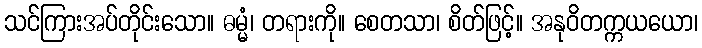
သင်ကြားအပ်တိုင်းသော။ ဓမ္မံ၊ တရားကို။ စေတသာ၊ စိတ်ဖြင့်။ အနုဝိတက္ကယယော၊